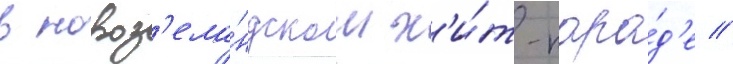
в новоз'ела́ндском х'и́т-пара́д'е //